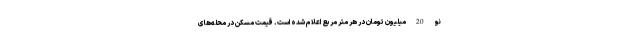
نو 20میلیون تومان در هر متر مربع اعلام شده است. قیمت مسکن در محله‌های